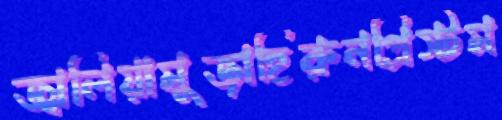
জ্বালিয়ামুজাহিরুনপ্রিস্টম